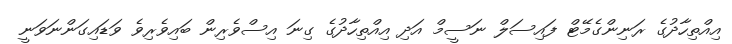
އިއްތިހާދުގެ ރަނިންގެމޭޓް ފައިސަލް ނަސީމް އަދި އިއްތިހާދުގެ ގިނަ އިސްވެރިން ބައިވެރިވެ ވަޑައިގަންނަވަނީ